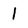
Character: 1